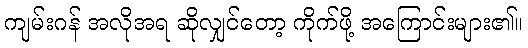
ကျမ်းဂန် အလိုအရ ဆိုလျှင်တော့ ကိုက်ဖို့ အကြောင်းများ၏။